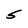
Character: S